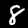
Digit: 8